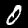
Digit: 0